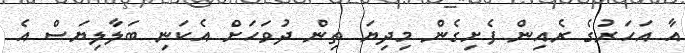
އާ އަހަރުގެ ރެއިން ފެށިގެން މިދިޔަ ތިން ދުވަހަށް އެކަނި ބަލާލިޔަސް އެ